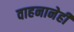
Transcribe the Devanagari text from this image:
वाहनानेही